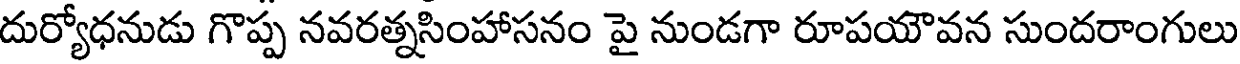
దుర్యోధనుడు గొప్ప నవరత్నసింహాసనం పై నుండగా రూపయౌవన సుందరాంగులు